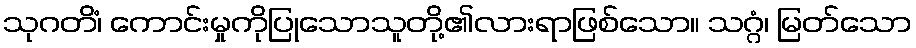
သုဂတိံ၊ ကောင်းမှုကိုပြုသောသူတို့၏လားရာဖြစ်သော။ သဂ္ဂံ၊ မြတ်သော